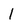
Character: 1